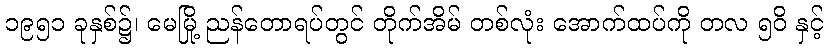
၁၉၅၁ ခုနှစ်၌၊ မေမြို့ ညန်တောရပ်တွင် တိုက်အိမ် တစ်လုံး အောက်ထပ်ကို တလ ၅၀ိ နှင့်